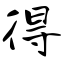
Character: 得